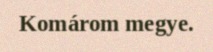
Komárom megye.